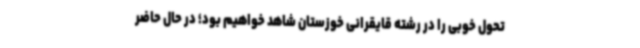
تحول خوبی را در رشته قایقرانی خوزستان شاهد خواهیم بود؛ در حال حاضر